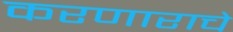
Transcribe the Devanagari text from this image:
करणाराचे